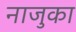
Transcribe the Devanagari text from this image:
नाजुका